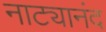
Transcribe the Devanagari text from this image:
नाट्यानंद